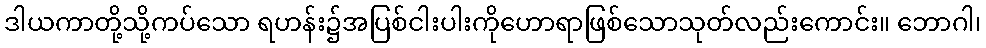
ဒါယကာတို့သို့ကပ်သော ရဟန်း၌အပြစ်ငါးပါးကိုဟောရာဖြစ်သောသုတ်လည်းကောင်း။ ဘောဂါ၊